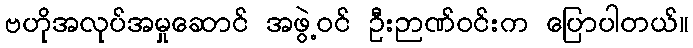
ဗဟိုအလုပ်အမှုဆောင် အဖွဲ့ဝင် ဦးဉာဏ်ဝင်းက ပြောပါတယ်။